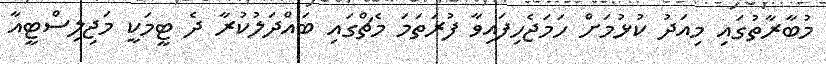
މުބާރާތުގައި މިއަދު ކުޅުމަށް ހަމަޖެހިފައިވާ ފުރަތަމަ މެޗްގައި ބައްދަލުކުރާ ދެ ޓީމަކީ މަޖިލިސްޓީއާ